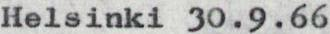
Helsinki 30.9.66